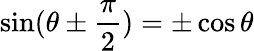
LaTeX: \sin(\theta\pm{\frac{\pi}{2}})=\pm\cos\theta